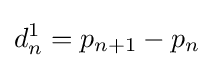
d_{n}^{1}=p_{n+1}-p_{n}